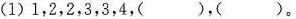
(1)1，2，2，3，3，4，( )，( )。